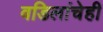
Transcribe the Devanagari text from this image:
वडिलांचेही